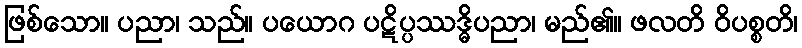
ဖြစ်သော။ ပညာ၊ သည်။ ပယောဂ ပဋိပ္ပဿဒ္ဓိပညာ၊ မည်၏။ ဖလတိ ဝိပစ္စတိ၊